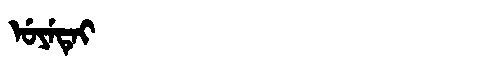
Manchu: ᡠᠶᡝᡨᡝᡳ
Romanization: UYETEI